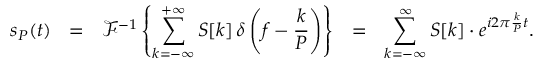
s _ { P } ( t ) \ \ = \ \ { \mathcal { F } } ^ { - 1 } \left\{ \sum _ { k = - \infty } ^ { + \infty } S [ k ] \, \delta \left( f - { \frac { k } { P } } \right) \right\} \ \ = \ \ \sum _ { k = - \infty } ^ { \infty } S [ k ] \cdot e ^ { i 2 \pi { \frac { k } { P } } t } .